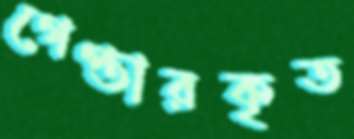
গেপ্তারকৃত